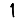
Digit: 1